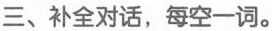
三、补全对话，每空一词。